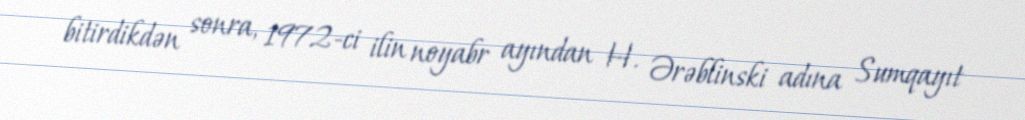
bitirdikdən sonra, 1972-ci ilin noyabr ayından H. Ərəblinski adına Sumqayıt